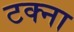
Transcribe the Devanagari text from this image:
टक्ना